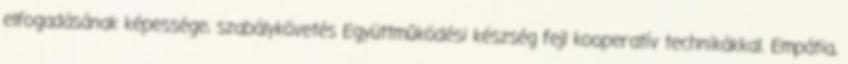
elfogadásának képessége, szabálykövetés Együttműködési készség fejl kooperatív technikákkal. Empátia,